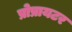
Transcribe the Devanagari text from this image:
प्रोप्रायटर